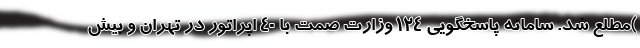
)مطلع شد. سامانه پاسخگویی ۱۲۴ وزارت صمت با ۴۰ اپراتور در تهران و بیش